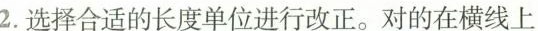
2.选择合适的长度单位进行改正。对的在横线上